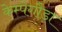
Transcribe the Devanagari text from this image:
केम्पेगौड़ा